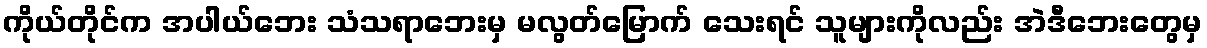
ကိုယ်တိုင်က အပါယ်ဘေး သံသရာဘေးမှ မလွတ်မြောက် သေးရင် သူများကိုလည်း အဲဒီဘေးတွေမှ